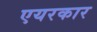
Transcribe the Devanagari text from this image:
एयरकार